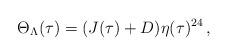
LaTeX: \begin{align*}\Theta_\Lambda(\tau)=(J(\tau)+D)\eta(\tau)^{24}\,,\end{align*}